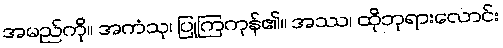
အမည်ကို။ အကံသု၊ ပြုကြကုန်၏။ အဿ၊ ထိုဘုရားလောင်း